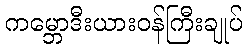
ကမ္ဘောဒီးယားဝန်ကြီးချုပ်